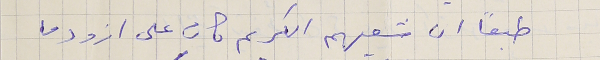
طبعًا ان شعبهم الكريم كان على ازود ما